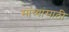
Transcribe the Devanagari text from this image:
सांध्यांसाठी